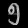
Digit: ၅